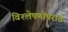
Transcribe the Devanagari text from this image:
विश्लेषणोपरांत